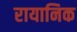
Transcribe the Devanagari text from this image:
रायानिक